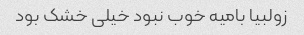
زولبیا بامیه خوب نبود خیلی خشک بود